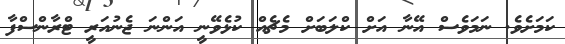
ކަމަށެވެ. ނަމަވެސް އޭނާ އަށް ކްލަބަށް މެޗެއް ކުޅެވޭނީ އަންނަ ޖެނުއަރީ ޓްރާންސްފާ